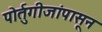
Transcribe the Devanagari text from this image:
पोर्तुगीजांपासून